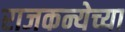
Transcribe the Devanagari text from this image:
राजकन्येच्या